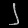
Digit: ၂